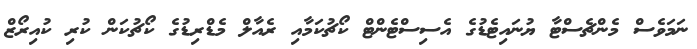
ނަމަވެސް މެންޗެސްޓާ ޔުނައިޓެޑުގެ އެސިސްޓެންޓް ކޯޗުކަމާއި ރެއާލް މެޑްރިޑުގެ ކޯޗުކަން ކުރި ކުއިރޯޒް